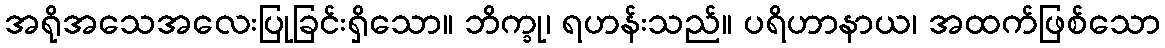
အရိုအသေအလေးပြုခြင်းရှိသော။ ဘိက္ခု၊ ရဟန်းသည်။ ပရိဟာနာယ၊ အထက်ဖြစ်သော